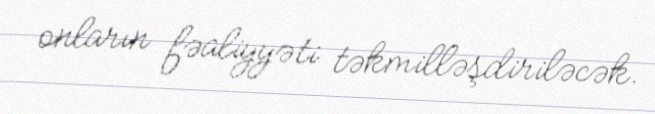
onların fəaliyyəti təkmilləşdiriləcək.